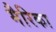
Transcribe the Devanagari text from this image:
मैरिका